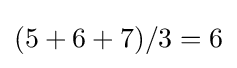
(5+6+7)/3=6